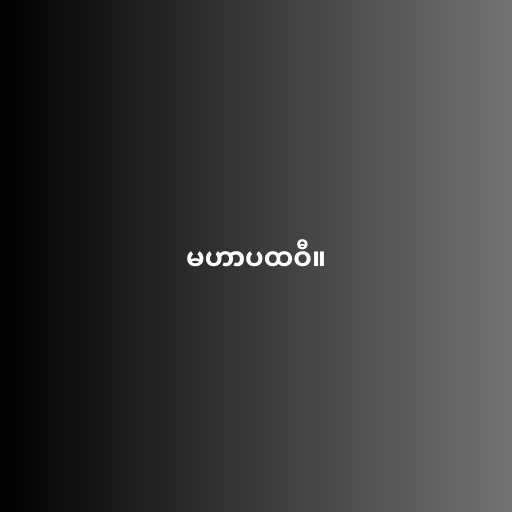
မဟာပထဝီ။